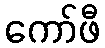
ကော်ဖီ